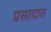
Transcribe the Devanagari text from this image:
प्रसादात